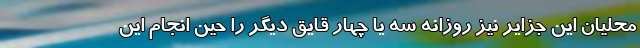
محلیان این جزایر نیز روزانه سه یا چهار قایق دیگر را حین انجام این